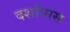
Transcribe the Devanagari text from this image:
दर्शानास